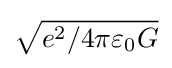
{\sqrt {{e^{2}}/{4\pi \varepsilon _{0}G}}}